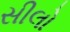
સીલો